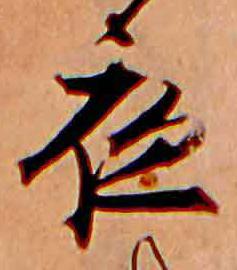
夜